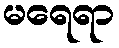
မရေရာ